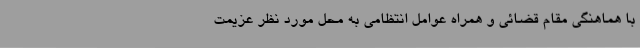
با هماهنگی مقام قضائی و همراه عوامل انتظامی به محل مورد نظر عزیمت